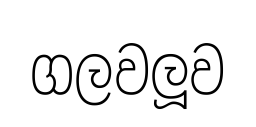
ගලවලූව